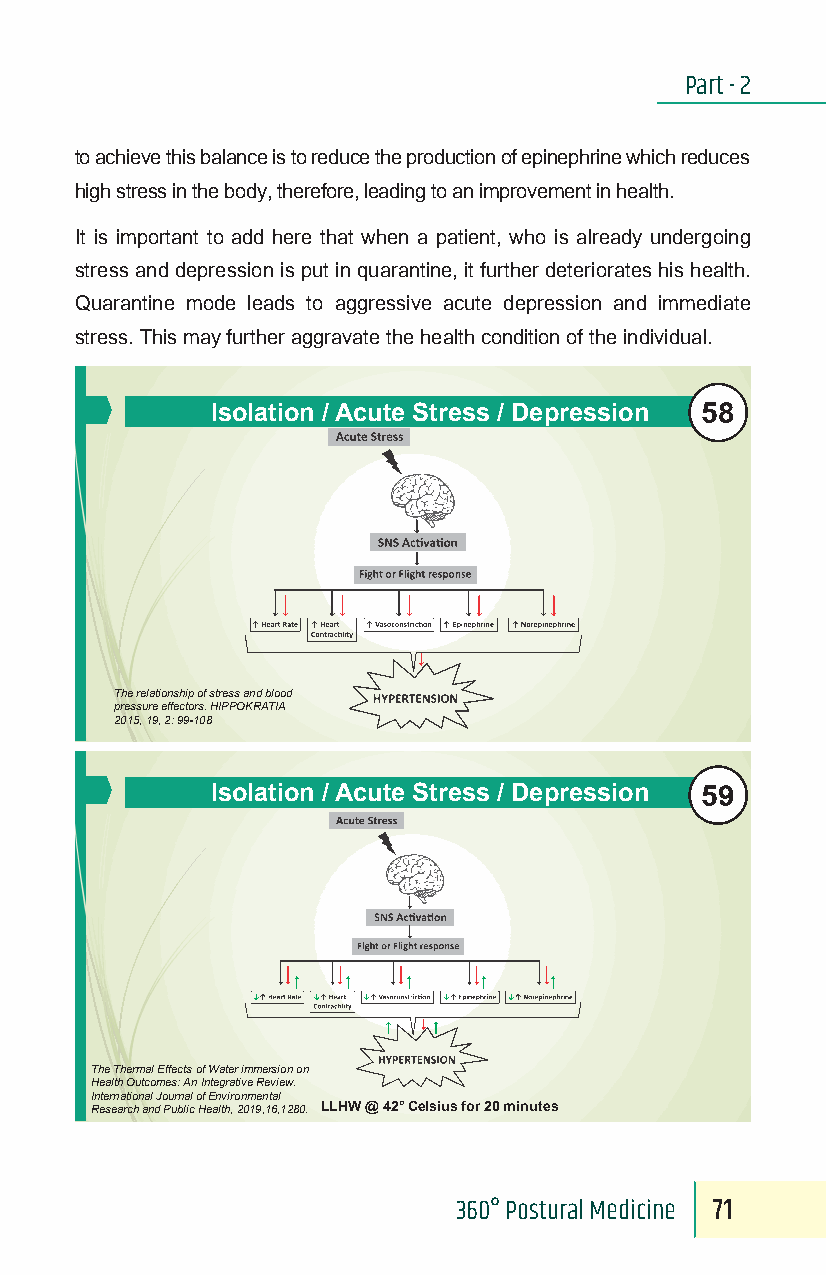
Part - 2
 to achieve this balance is to reduce the production of epinephrine which reduces
 high stress in the body, therefore, leading to an improvement in health.
 It is important to add here that when a patient, who is already undergoing
 stress and depression is put in quarantine, it further deteriorates his health.
 Quarantine mode leads to aggressive acute depression and immediate
 stress. This may further aggravate the health condition of the individual.
 58
 Isolation / Acute Stress / Depression
 The relationship of stress and blood
 pressure effectors. HIPPOKRATIA
 2015, 19, 2: 99-108
 59
 Isolation / Acute Stress / Depression
 The Thermal Effects of Water immersion on
 Health Outcomes: An Integrative Review.
 International Journal of Environmental
 Research and Public Health, 2019,16,1280. LLHW @ 42°Celsius for 20 minutes
 360° Postural Medicine 71